Vaccination in Bombay 1863-1868 - 1863-1868
Year: 1863
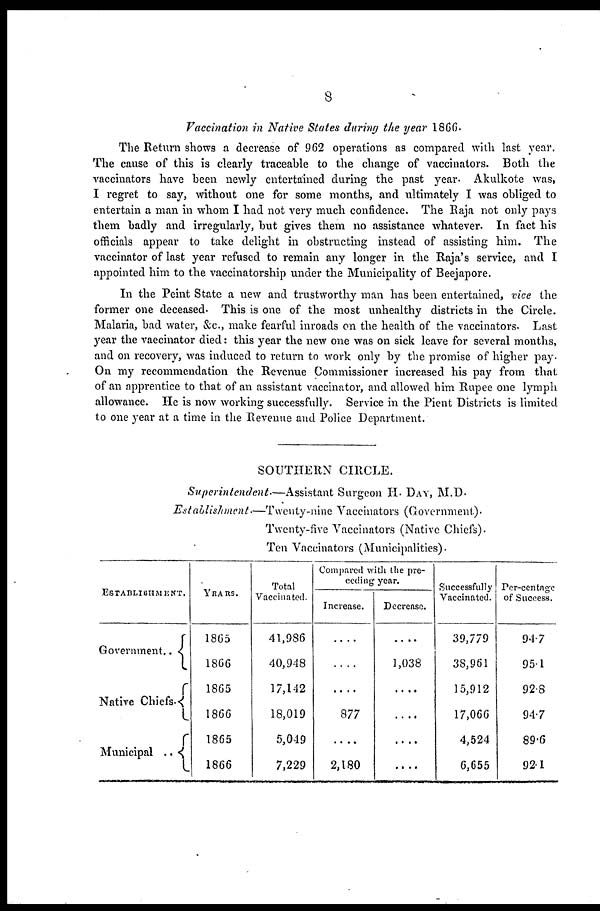
8
Vaccination in Native States during the year 1866.
The Return shows a decrease of 962 operations as compared with last year.
The cause of this is clearly traceable to the change of vaccinators. Both the
vaccinators have been newly entertained during the past year. Akulkote was,
I regret to say, without one for some months, and ultimately I was obliged to
entertain a man in whom I had not very much confidence. The Raja not only pays
them badly and irregularly, but gives them no assistance whatever. In fact his
officials appear to take delight in obstructing instead of assisting him. The
vaccinator of last year refused to remain any longer in the Raja's service, and I
appointed him to the vaccinatorship under the Municipality of Beejapore.
In the Peint State a new and trustworthy man has been entertained, vice the
former one deceased. This is one of the most unhealthy districts in the Circle.
Malaria, bad water, &c., make fearful inroads on the health of the vaccinators. Last
year the vaccinator died: this year the new one was on sick leave for several months,
and on recovery, was induced to return to work only by the promise of higher pay.
On my recommendation the Revenue Commissioner increased his pay from that
of an apprentice to that of an assistant vaccinator, and allowed him Rupee one lymph
allowance. He is now working successfully. Service in the Pient Districts is limited
to one year at a time in the Revenue and Police Department.
SOUTHERN CIRCLE.
Superintendent.—Assistant
Surgeon H. DAY, M.D.
Establishment—Twenty-nine
Vaccinators (Government.).
Twenty-five Vaccinators (Native Chiefs).
Ten Vaccinators (Municipalities).
ESTABLISHMENT.
Government..
Native Chiefs.
Municipal ..
YEARS.
1865
1866
1865
1866
1865
1866
Total
Vaccinated.
41,986
40,948
17,142
18,019
5,049
7,229
Compared with the pre-
ceding year.
Increase.
....
....
....
877
....
2,180
Decrease.
....
1,038
....
....
....
....
Successfully
Vaccinated.
39,779
38,961
15,912
17,066
4,524
6,655
Per-centage
of Success.
94.7
95.1
92.8
94.7
89.6
92.1